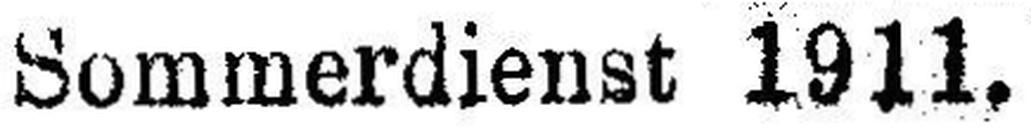
Sommerdienst 1911.